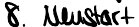
8. Neustart